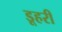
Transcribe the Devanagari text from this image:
डूहरी